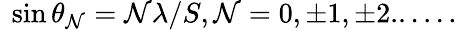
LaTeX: ~\sin\theta_{\mathcal{N}}=\mathcal{N}\lambda/S,\mathcal{N}=0,\pm1,\pm2......